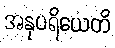
အနုပရိယေတိ